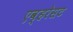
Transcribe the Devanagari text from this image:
एव्हरेसट